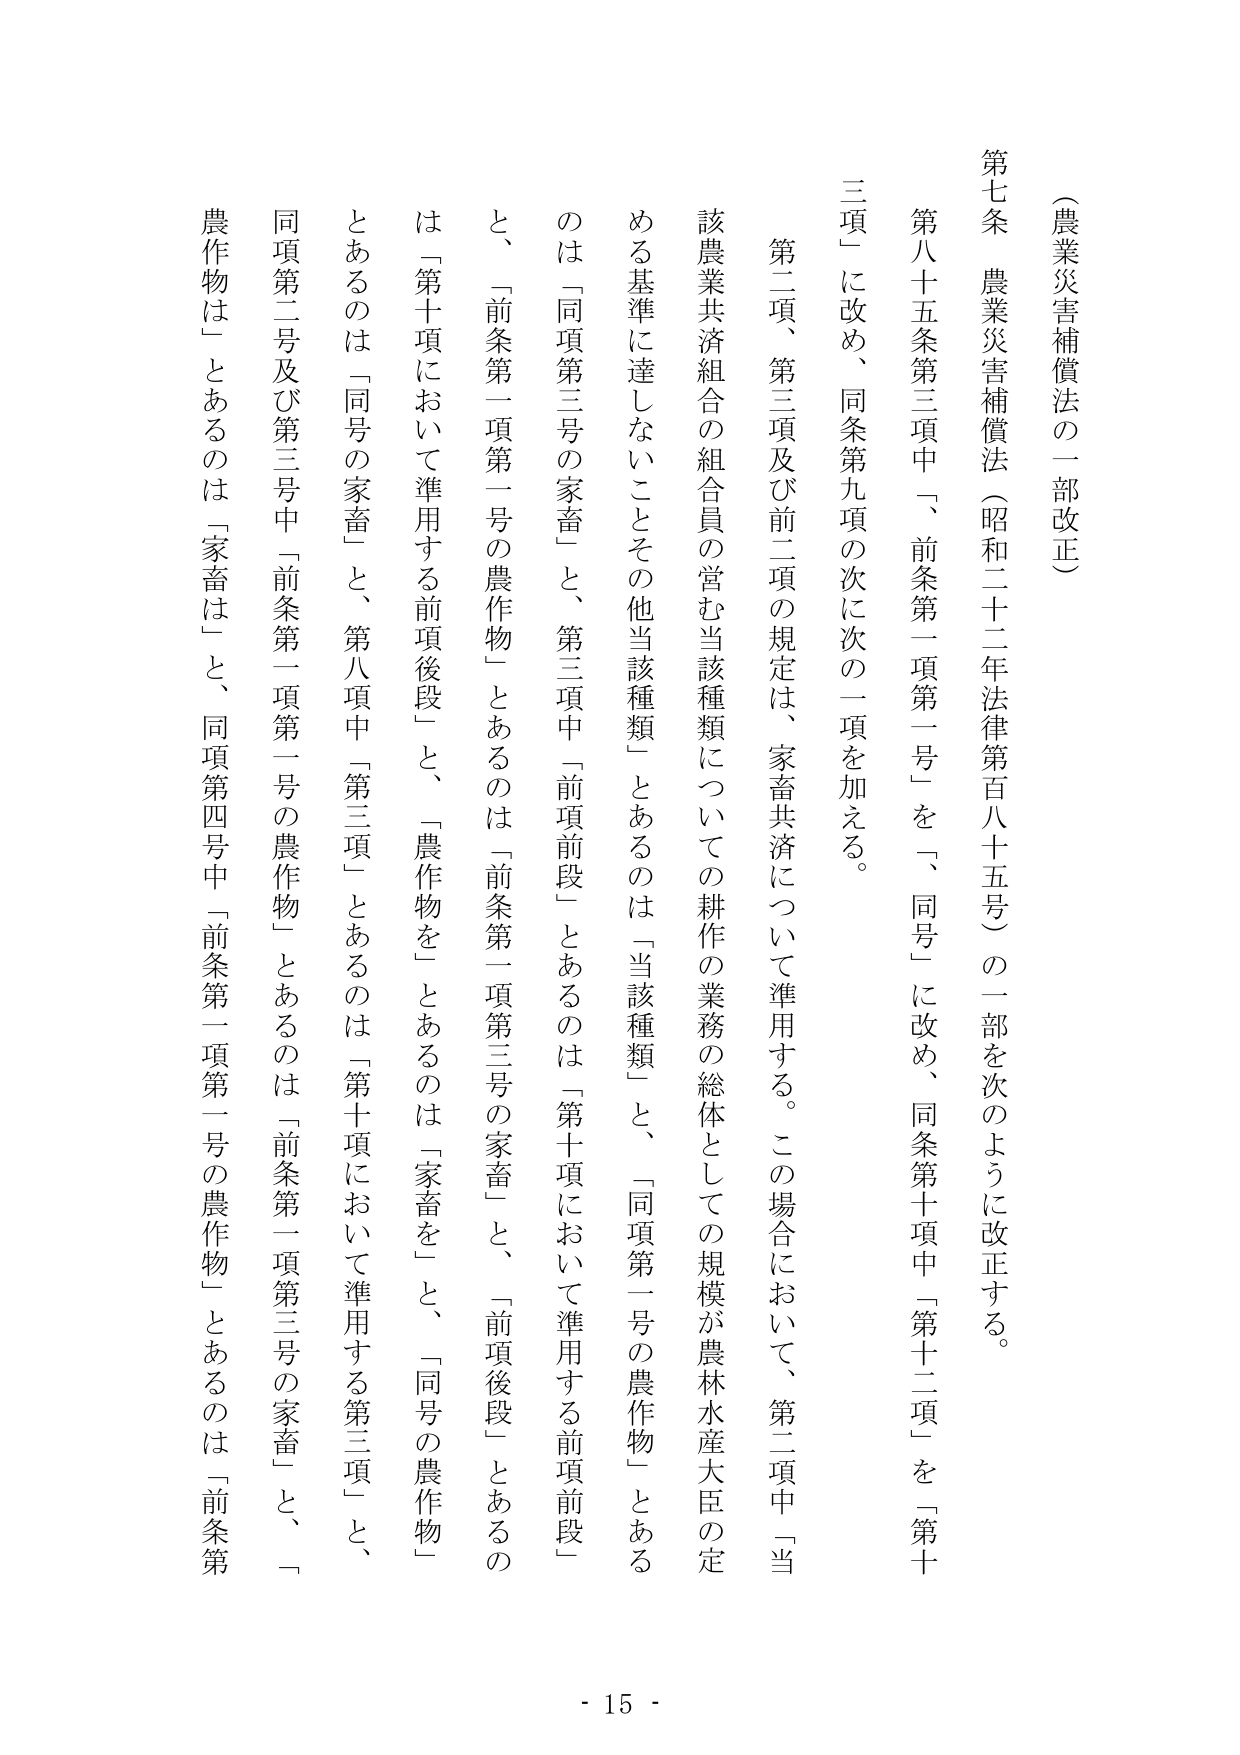
（農業災害補償法の一部改正）

第七条　農業災害補償法（昭和二十二年法律第百八十五号）の一部を次のように改正する。

第八十五条第三項中「前条第一項第一号」を「同号」に改め、同条第十項中「第十二項」を「第十項」に改め、同条第九項の次に次の一項を加える。

　第二項、第三項及び前二項の規定は、家畜共済について準用する。この場合において、第二項中「当該農業共済組合の組合員の営む当該種類についての耕作の業務の総体としての規模が農林水産大臣の定める基準に達しないことその他当該種類」とあるのは「当該種類」と、「同項第一号の農作物」とあるのは「同項第三号の家畜」と、第三項中「前項前段」とあるのは「第十項において準用する前項前段」と、「前条第一項第一号の農作物」とあるのは「前条第一項第三号の家畜」と、「前項後段」とあるのは「第十項において準用する前項後段」と、「農作物を」とあるのは「家畜を」と、「同号の農作物」とあるのは「同号の家畜」と、第八項中「第三項」とあるのは「第十項において準用する第三項」と、同項第二号及び第三号中「前条第一項第一号の農作物」とあるのは「前条第一項第三号の家畜」と、「農作物は」とあるのは「家畜は」と、同項第四号中「前条第一項第一号の農作物」とあるのは「前条第一項第三号の家畜」と、とする。

- 15 -